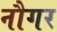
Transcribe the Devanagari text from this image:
नौगर